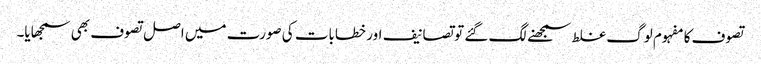
تصوف کا مفہوم لوگ غلط سمجھنے لگ گئے تو تصانیف اور خطابات کی صورت میں اصل تصوف بھی سمجھایا۔